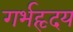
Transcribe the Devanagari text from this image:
गर्भहृदय